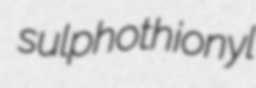
sulphothionyl